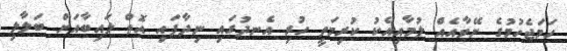
ހަމަޖެހުމުގެ ނޭވާއެއް ލުމާއިއެކު ކުރިމަތީ ހުރި އެނދުގައި ނިދާފައި އޮތް ލައިބާއަށް ބަލާލި